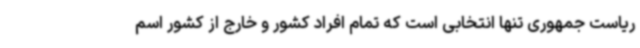
ریاست جمهوری تنها انتخابی است که تمام افراد کشور و خارج از کشور اسم